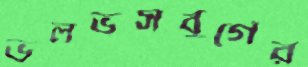
ভলভসবুর্গের